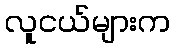
လူငယ်များက